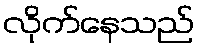
လိုက်နေသည်